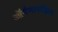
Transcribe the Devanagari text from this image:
ऑर्गनायझिंग